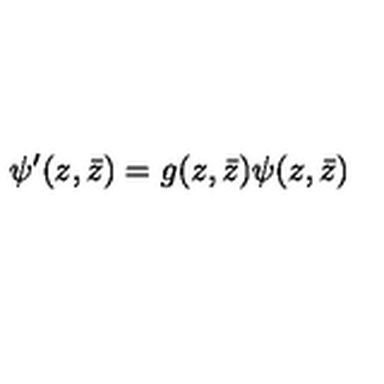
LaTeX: \psi ^ { \prime } ( z , \bar { z } ) = g ( z , \bar { z } ) \psi ( z , \bar { z } )